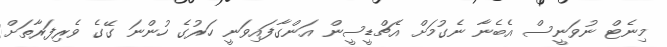
މިނެޓް ނުވަނީސް އެބެނާ ނެގުމަށް އެޗްޑީސީން އަންގާފައިވަނީ ހަރުގެ ހުންނަ ގޭގެ ވެރިފަރާތަށް